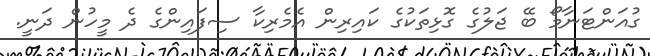
ގުއަންޓަނާމޯ ބޭ ޖަލުގެ ގޮޅިތަކުގެ ކައިރިން އެމެރިކާ ސިފައިންގެ ދެ މީހުން ދަނީ.